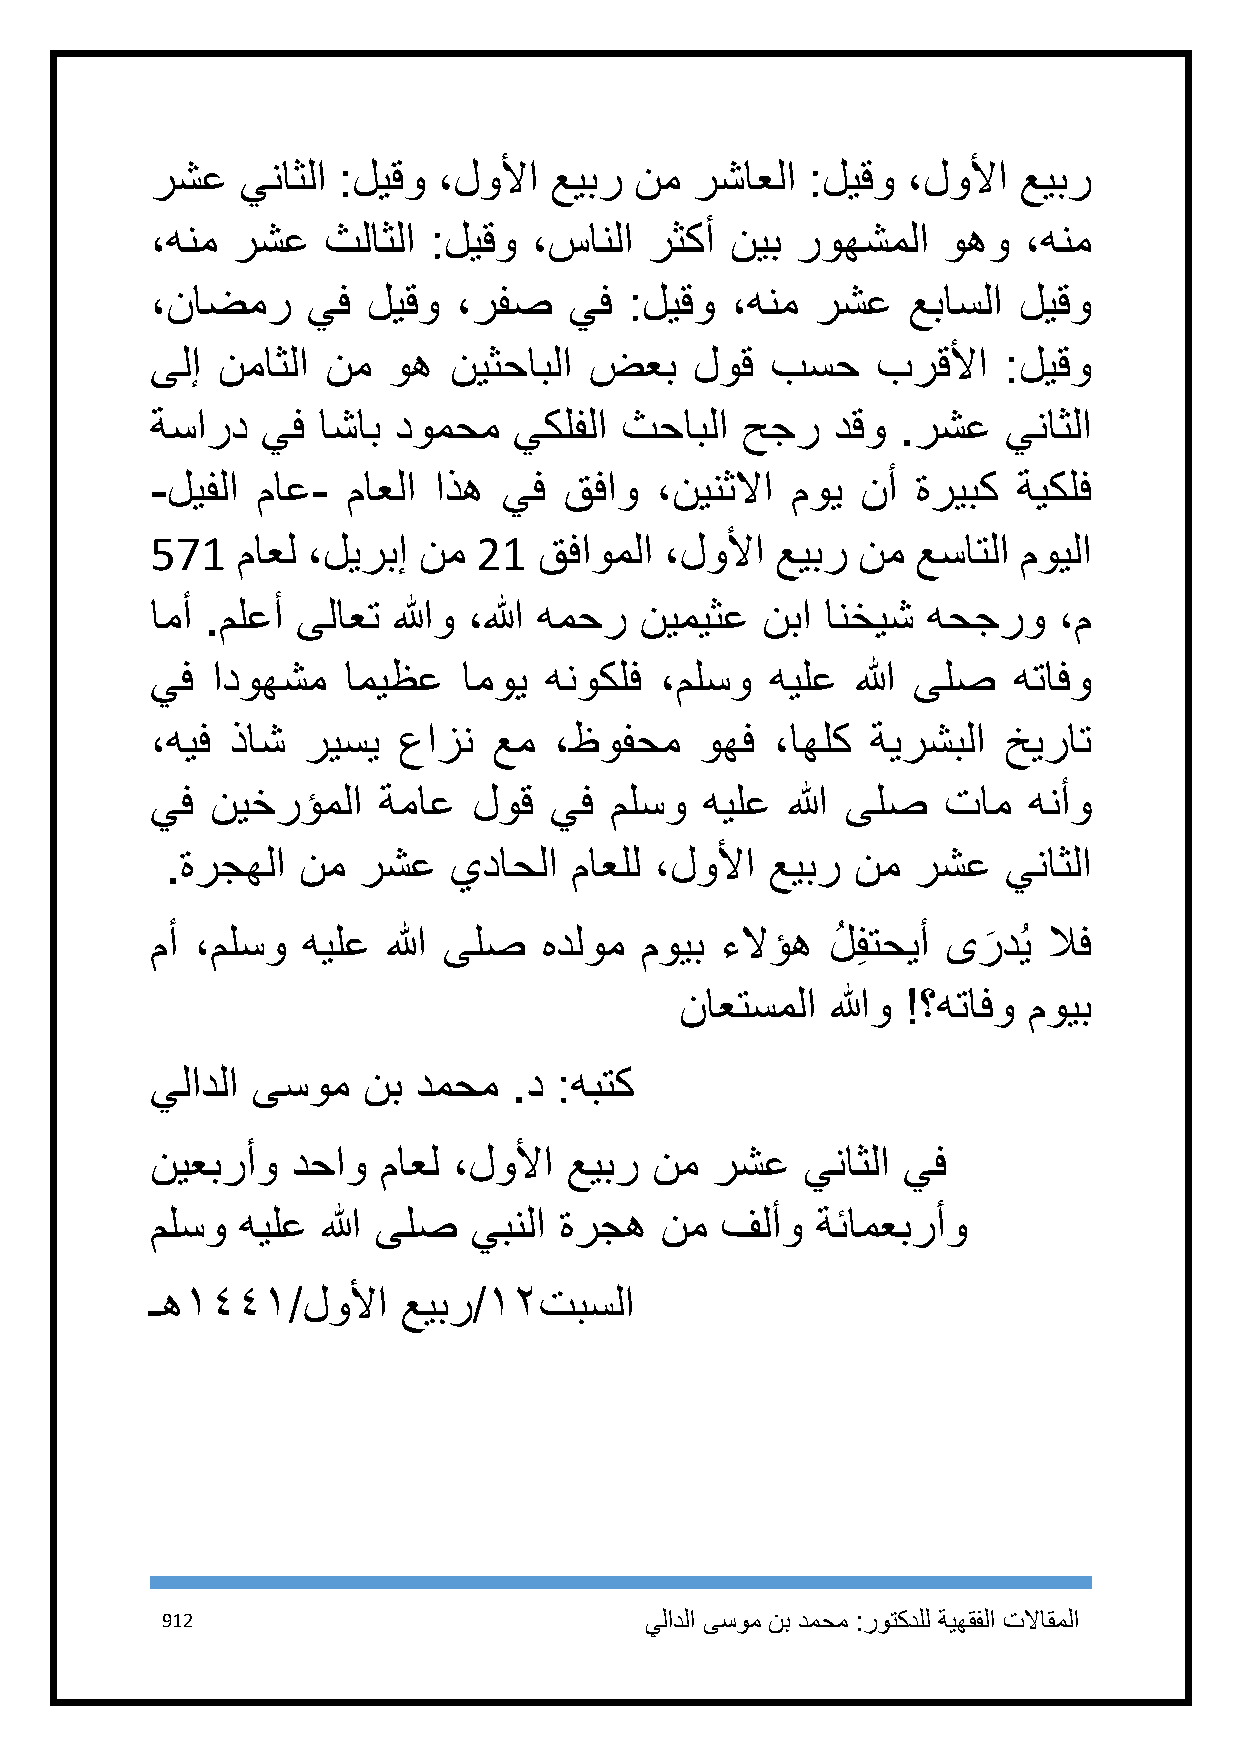
رشع   يناثلا :ليقو ،لولأا عيبر  نم  رشاعلا :ليقو  ،لولأا عيبر
 ،هنم رشع   ثلاثلا :ليقو  ،سانلا  رثكأ نيب  روهشملا  وهو   ،هنم
 ،ناضمر    يف  ليقو  ،رفص    يف  :ليقو ،هنم  رشع   عباسلا ليقو
 ىلإ نماثلا  نم  وه  نيثحابلا ضعب    لوق  بسح    برقلأا  :ليقو
 ةسارد  يف  اشاب دومحم   يكلفلا ثحابلا  حجر   دقو  .رشع   يناثلا
 -ليفلا ماع-  ماعلا اذه يف  قفاو  ،نينثلاا موي  نأ  ةريبك ةيكلف
 571   ماعل ،ليربإ نم  21  قفاوملا ،لولأا عيبر  نم  عساتلا مويلا
 امأ .ملعأ ىلاعت اللهو ،الله همحر نيميثع نبا  انخيش هحجرو    ،م
 يف  ادوهشم   اميظع   اموي هنوكلف  ،ملسو  هيلع  الله ىلص  هتافو
 ،هيف ذاش  ريسي  عازن   عم  ،ظوفحم   وهف  ،اهلك  ةيرشبلا خيرات
 يف  نيخرؤملا   ةماع  لوق  يف  ملسو   هيلع الله ىلص  تام   هنأو
 .ةرجهلا  نم  رشع   يداحلا  ماعلل ،لولأا عيبر  نم رشع    يناثلا
 مأ ،ملسو  هيلع  الله ىلص  هدلوم مويب  ءلاؤه  لُ فِ تحيأ ىر
 َ
 دُي لاف
 ناعتسملا  اللهو !؟هتافو مويب
 يلادلا ىسوم   نب دمحم   .د :هبتك
 نيعبرأو  دحاو  ماعل ،لولأا  عيبر نم  رشع   يناثلا يف
 ملسو  هيلع الله ىلص  يبنلا ةرجه   نم  فلأو  ةئامعبرأو
 ـه٠٤٤٠/لولأا     عيبر/٠٢تبسلا
 912                             يلادلا ىسوم نب دمحم :روتكدلل ةيهقفلا تلااقملا